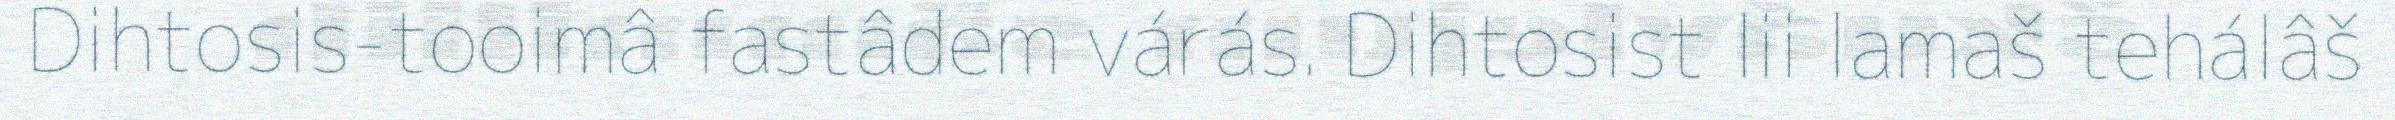
Dihtosis-tooimâ fastâdem várás. Dihtosist lii lamaš tehálâš